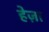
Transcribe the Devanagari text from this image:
हेज़ा